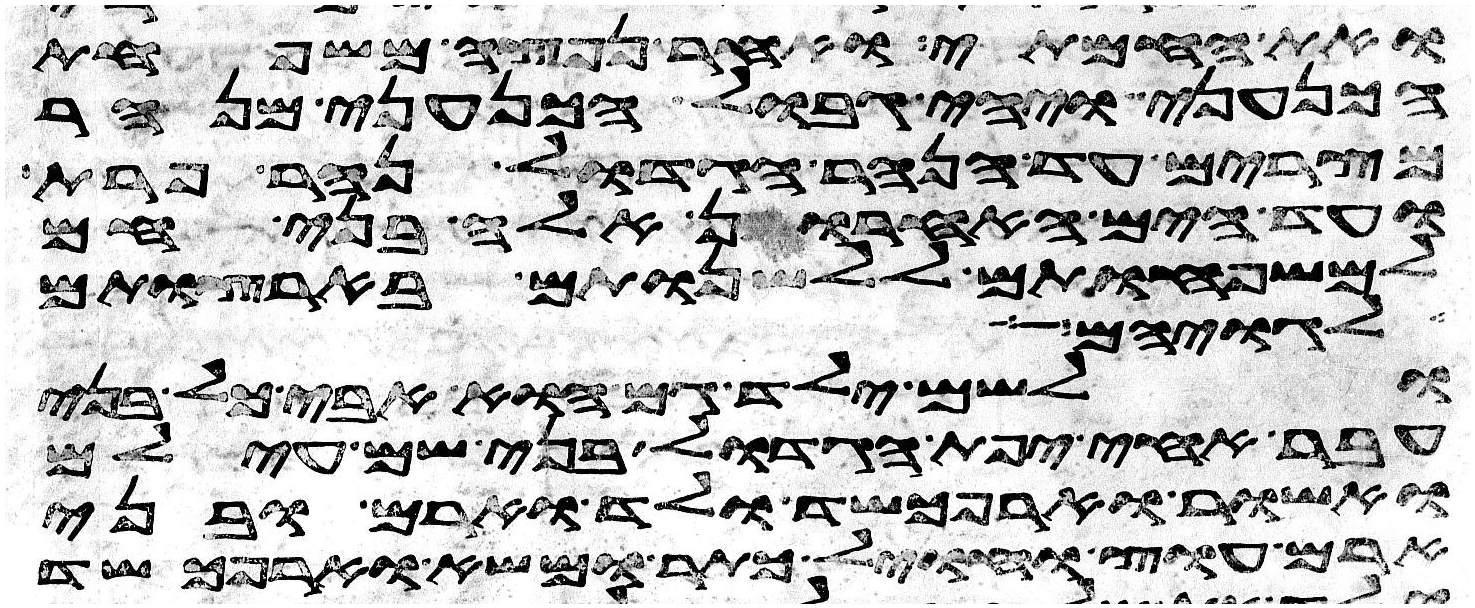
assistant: ואת החמתי ואחר נפצה משפחת
הכנעני ויהי גבול הכנעני מנהר
מצרים עד הנהר הגדול נהר פרת
ועד הים האחרון אלה בני חם
למשפחותם ללשנותם בארצותם
לגויהם
ולשם ילד גם הוא אבי כל בני
עבר אחי יפת הגדול בני שם עילם
ואשור וארפכשד ולד וארם ובני
ארם עוץ וחויל גתר ומשא וארפכשד